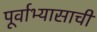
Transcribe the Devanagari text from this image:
पूर्वाभ्यासाची